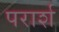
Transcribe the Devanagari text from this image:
परार्श